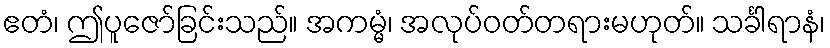
ဧတံ၊ ဤပူဇော်ခြင်းသည်။ အကမ္မံ၊ အလုပ်ဝတ်တရားမဟုတ်။ သင်္ခါရာနံ၊